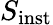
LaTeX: S_{\mathrm{{inst}}}